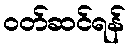
ဝတ်ဆင်ရန်